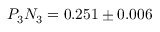
P _ { 3 } N _ { 3 } = 0 . 2 5 1 \pm 0 . 0 0 6